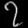
Digit: ၇